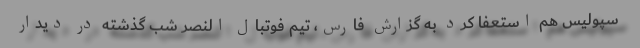
سپولیس هم استعفا کرد به گزارش فارس، تیم فوتبال النصر شب گذشته در دیدار